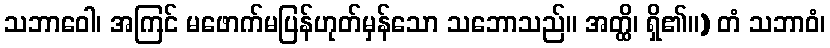
သဘာဝေါ၊ အကြင် မဖောက်မပြန်ဟုတ်မှန်သော သဘောသည်။ အတ္ထိ၊ ရှိ၏။) တံ သဘာဝံ၊